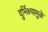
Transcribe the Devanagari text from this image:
दुर्भिक्ष्यामुळे